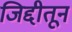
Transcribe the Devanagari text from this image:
जिद्दीतून